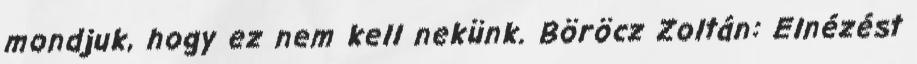
mondjuk, hogy ez nem kell nekünk. Böröcz Zoltán: Elnézést